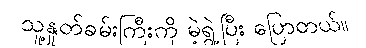
သူ့နှုတ်ခမ်းကြီးကို မဲ့ရွဲ့ပြီး ပြောတယ်။